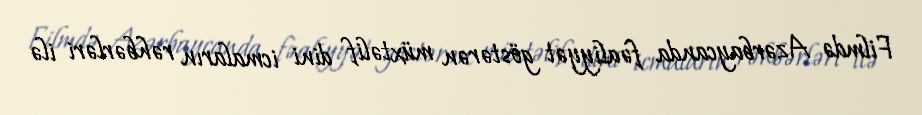
Filmdə Azərbaycanda fəaliyyət göstərən müxtəlif dini icmaların rəhbərləri ilə